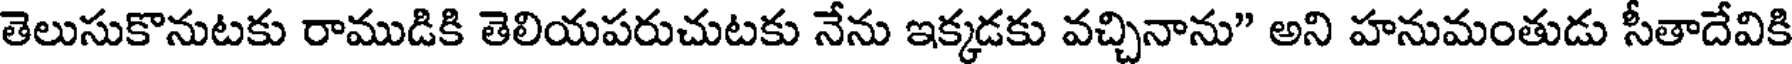
తెలుసుకొనుటకు రాముడికి తెలియపరుచుటకు నేను ఇక్కడకు వచ్చినాను" అని హనుమంతుడు సీతాదేవికి